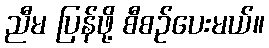
ညီမ ပြန်ဖို့ စီစဉ်ပေးမယ်။